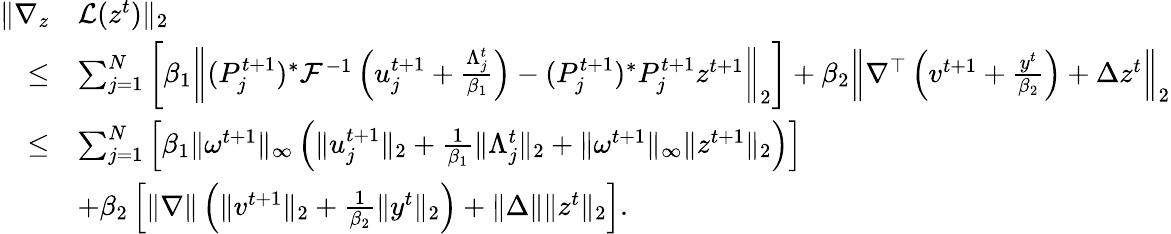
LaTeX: \begin{array}{rl}{\| \nabla_{z}}&{\mathcal{L}(z^{t})\| _{2}}\\ {\leq}&{\sum_{j=1}^{N}\left[\beta_{1}\left\| (P_{j}^{t+1})^{*}\mathcal{F}^{-1}\left(u_{j}^{t+1}+\frac{\Lambda_{j}^{t}}{\beta_{1}}\right)-(P_{j}^{t+1})^{*}P_{j}^{t+1}z^{t+1}\right\| _{2}\right]+\beta_{2}\left\| \nabla^{\top}\left(v^{t+1}+\frac{y^{t}}{\beta_{2}}\right)+\Delta z^{t}\right\| _{2}}\\ {\leq}&{\sum_{j=1}^{N}\left[\beta_{1}\| \omega^{t+1}\| _{\infty}\left(\| u_{j}^{t+1}\| _{2}+\frac{1}{\beta_{1}}\| \Lambda_{j}^{t}\| _{2}+\| \omega^{t+1}\| _{\infty}\| z^{t+1}\| _{2}\right)\right]}\\ &{+\beta_{2}\left[\| \nabla\| \left(\| v^{t+1}\| _{2}+\frac{1}{\beta_{2}}\| y^{t}\| _{2}\right)+\| \Delta\| \| z^{t}\| _{2}\right].}\end{array}